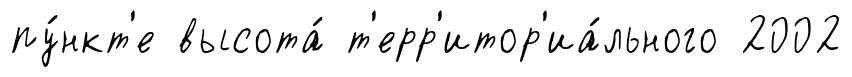
пу́нкт'е высота́ т'ерр'итор'иа́льного 2002